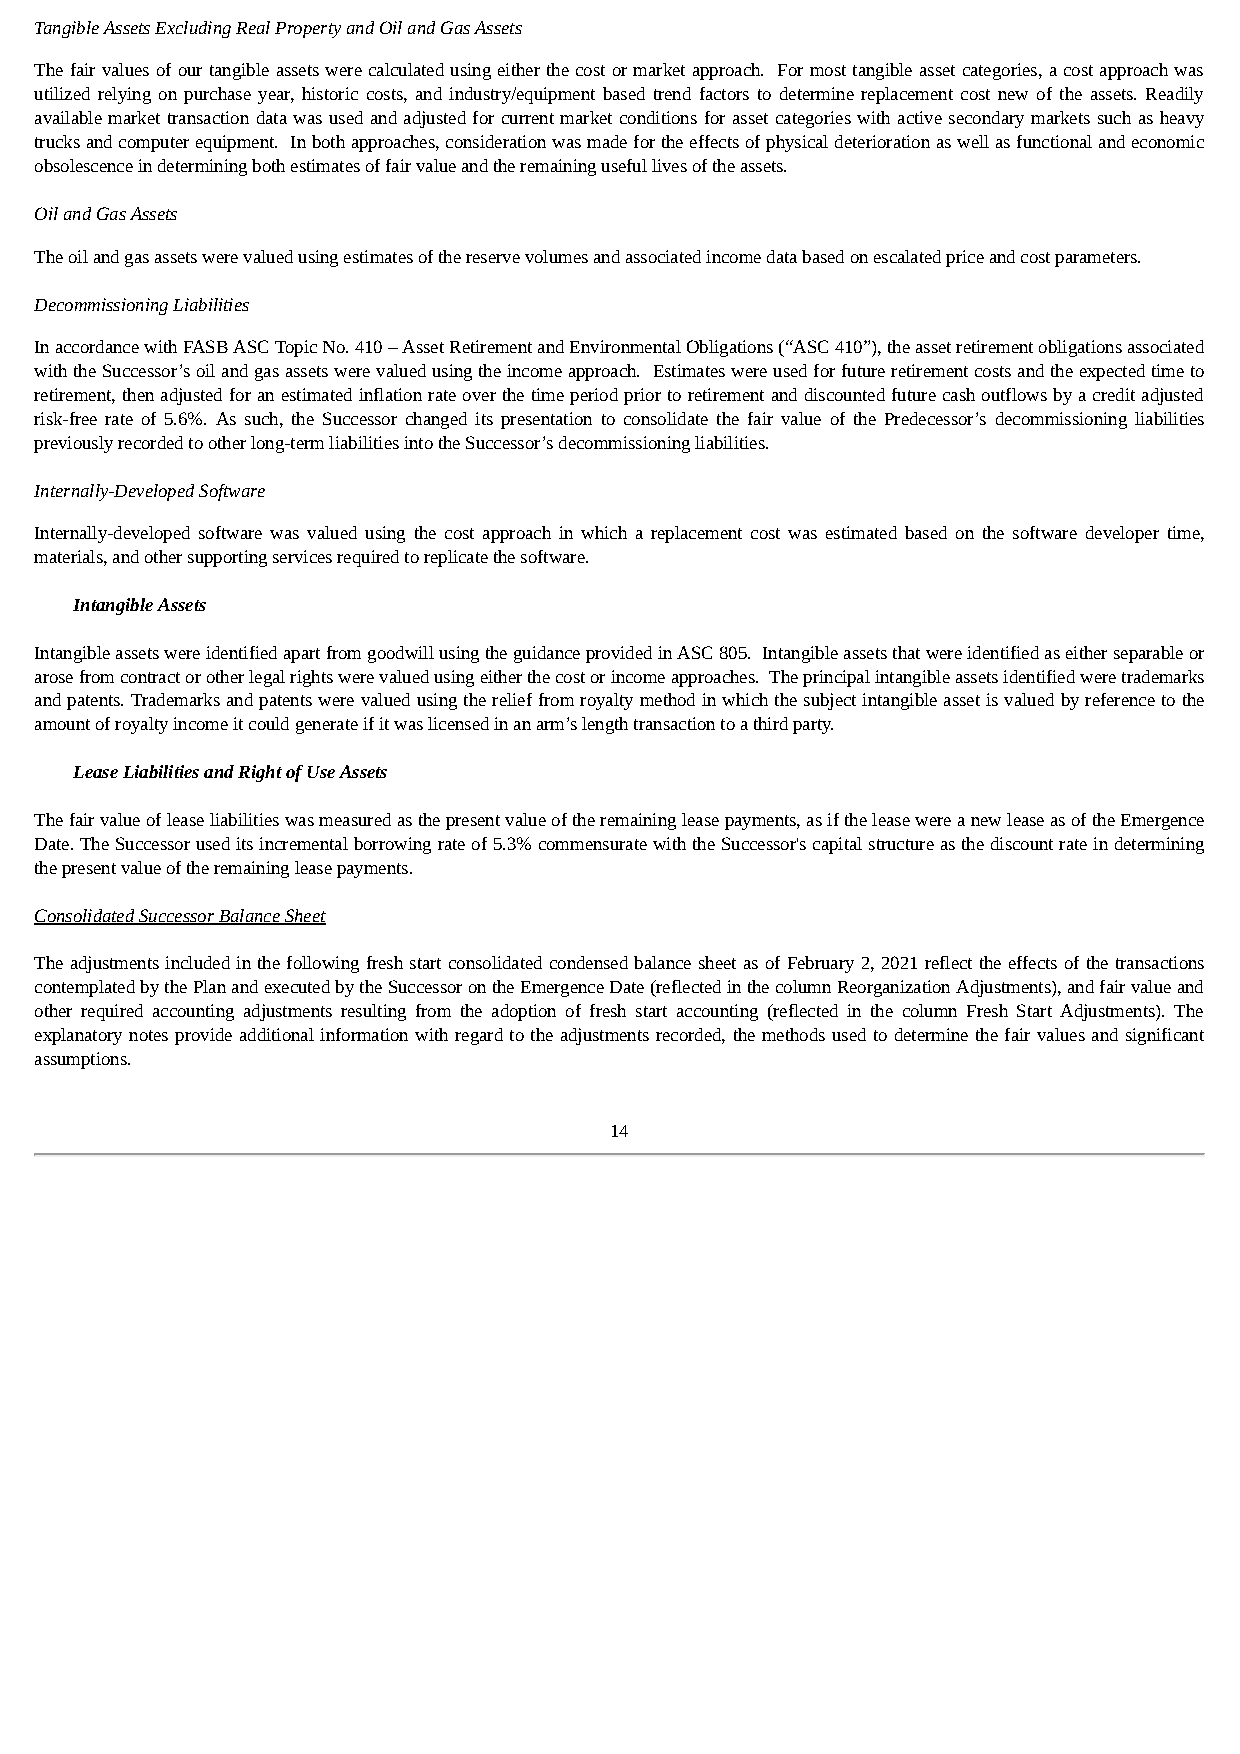
Tangible Assets Excluding Real Property and Oil and Gas Assets
 The fair values of our tangible assets were calculated using either the cost or market approach. For most tangible asset categories, a cost approach was
 utilized relying on purchase year, historic costs, and industry/equipment based trend factors to determine replacement cost new of the assets. Readily
 available market transaction data was used and adjusted for current market conditions for asset categories with active secondary markets such as heavy
 trucks and computer equipment. In both approaches, consideration was made for the effects of physical deterioration as well as functional and economic
 obsolescence in determining both estimates of fair value and the remaining useful lives of the assets.
 Oil and Gas Assets
 The oil and gas assets were valued using estimates of the reserve volumes and associated income data based on escalated price and cost parameters.
 Decommissioning Liabilities
 In accordance with FASB ASC Topic No. 410 – Asset Retirement and Environmental Obligations (“ASC 410”), the asset retirement obligations associated
 with the Successor’s oil and gas assets were valued using the income approach. Estimates were used for future retirement costs and the expected time to
 retirement, then adjusted for an estimated inflation rate over the time period prior to retirement and discounted future cash outflows by a credit adjusted
 risk-free rate of 5.6%. As such, the Successor changed its presentation to consolidate the fair value of the Predecessor’s decommissioning liabilities
 previously recorded to other long-term liabilities into the Successor’s decommissioning liabilities.
 Internally-Developed Software
 Internally-developed software was valued using the cost approach in which a replacement cost was estimated based on the software developer time,
 materials, and other supporting services required to replicate the software.
 Intangible Assets
 Intangible assets were identified apart from goodwill using the guidance provided in ASC 805. Intangible assets that were identified as either separable or
 arose from contract or other legal rights were valued using either the cost or income approaches. The principal intangible assets identified were trademarks
 and patents. Trademarks and patents were valued using the relief from royalty method in which the subject intangible asset is valued by reference to the
 amount of royalty income it could generate if it was licensed in an arm’s length transaction to a third party.
 Lease Liabilities and Right of Use Assets
 The fair value of lease liabilities was measured as the present value of the remaining lease payments, as if the lease were a new lease as of the Emergence
 Date. The Successor used its incremental borrowing rate of 5.3% commensurate with the Successor's capital structure as the discount rate in determining
 the present value of the remaining lease payments.
 Consolidated Successor Balance Sheet
 The adjustments included in the following fresh start consolidated condensed balance sheet as of February 2, 2021 reflect the effects of the transactions
 contemplated by the Plan and executed by the Successor on the Emergence Date (reflected in the column Reorganization Adjustments), and fair value and
 other required accounting adjustments resulting from the adoption of fresh start accounting (reflected in the column Fresh Start Adjustments). The
 explanatory notes provide additional information with regard to the adjustments recorded, the methods used to determine the fair values and significant
 assumptions.
 14